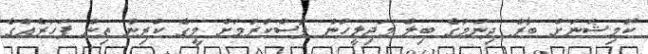
ކޮމިޝަނަށް ބާރު ދިނުމުގެ ބިލް މަޖިލީހުން ފާސްކުރުމަށް މީގެ ކުރިން ތިން ފަހަރެއްގެ